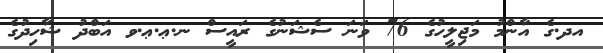
އދ.ގެ އާންމު މަޖިލީހުގެ 76 ވަނަ ސެޝަނުގެ ރައީސް ނ.ޢ.ޢ.ވ އަބްދު ޝާހިދުގެ